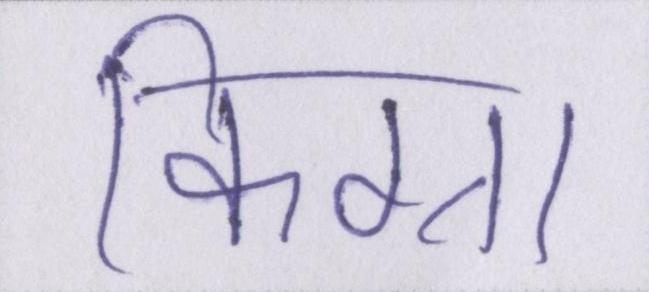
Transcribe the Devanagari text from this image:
किग्रा